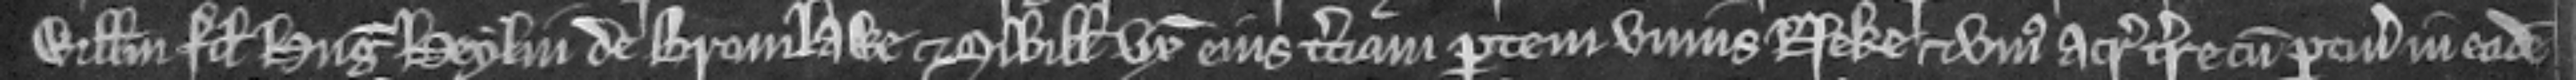
Willelmum filium Hugonis Heylin de Bromlawe et Sibillam uxorem ejus terciam partem unius neke et unius acre terre cum pertinenciis in eadem